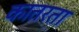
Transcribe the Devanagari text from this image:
कातरता